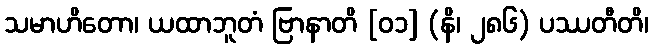
သမာဟိတော၊ ယထာဘူတံ ဗြာနာတိ [၀၁] (နိ၊ ၂၈၆) ပဿတီတိ၊